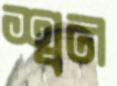
শ্বন